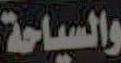
والسياحة